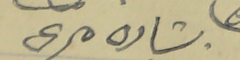
بشاره مرعى